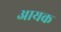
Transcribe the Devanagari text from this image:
आयक